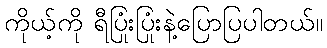
ကိုယ့်ကို ရီပြုံးပြုံးနဲ့ပြောပြပါတယ်။